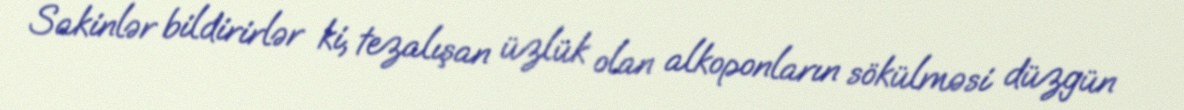
Sakinlər bildirirlər ki, tezalışan üzlük olan alkoponların sökülməsi düzgün